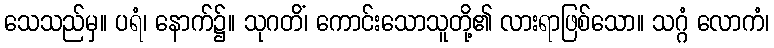
သေသည်မှ။ ပရံ၊ နောက်၌။ သုဂတိံ၊ ကောင်းသောသူတို့၏ လားရာဖြစ်သော။ သဂ္ဂံ လောကံ၊